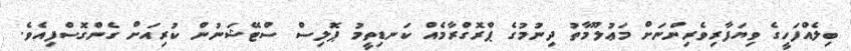
ބިލެއްފަހީގެ ވިޔަފާރިވެރިންނަށް މަޢުލޫމާތު ދިނުމުގެ ޕްރޮގްރާމެއް ކަނޑިތީމު ޕޮލިސް ސްޓޭޝަނުން ކުރިއަށް ގެންގޮސްފިއެވެ.